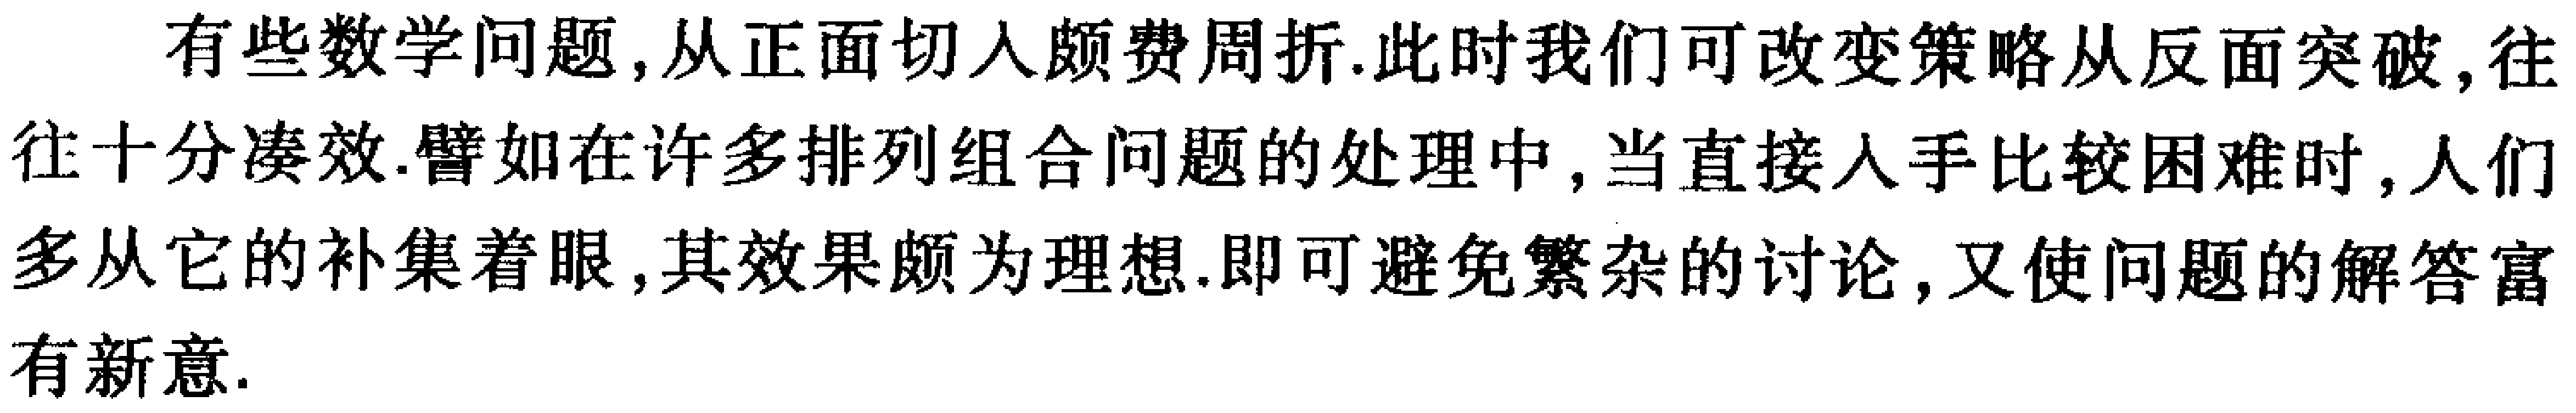
有些数学问题,从正面切入颇费周折.此时我们可改变策略从反面突破,往往十分凑效.譬如在许多排列组合问题的处理中,当直接入手比较困难时,人们多从它的补集着眼,其效果颇为理想.即可避免繁杂的讨论,又使问题的解答富有新意.